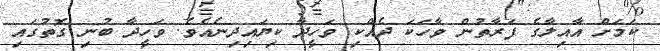
ކަމަށް އާއިލާގެ ފަރާތުން ވާހަކަ ދެއްކި ވަހީދާ ކިޔައިދިނެއެވެ. ވަހީދާ ބުނި ގޮތުގައި